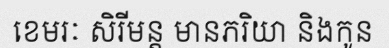
ខេមរៈ សិរីមន្ត មានភរិយា និងកូន